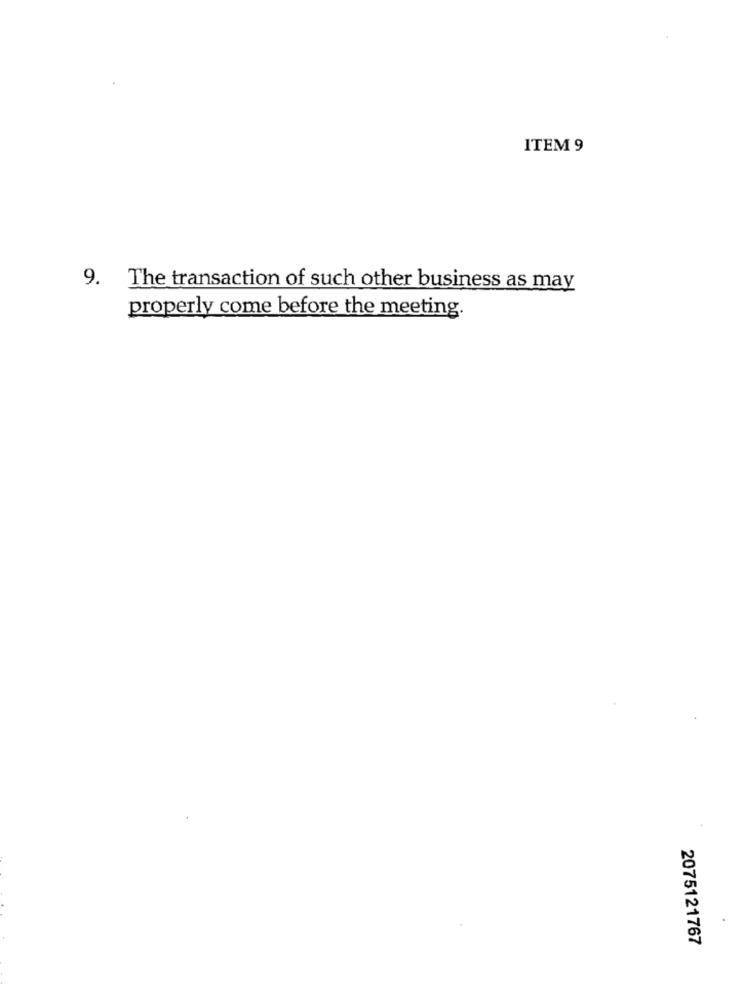
ITEM 9
9. The transaction of such other business as may
properly come before the meeting.
2075121767